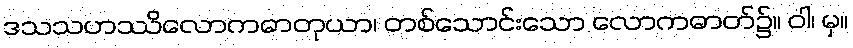
ဒသသဟဿိလောကဓာတုယာ၊ တစ်သောင်းသော လောကဓာတ်၌။ ဝါ၊ မှ။